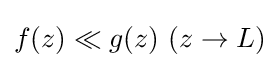
{\textstyle f(z)\ll g(z)\ (z\to L)}